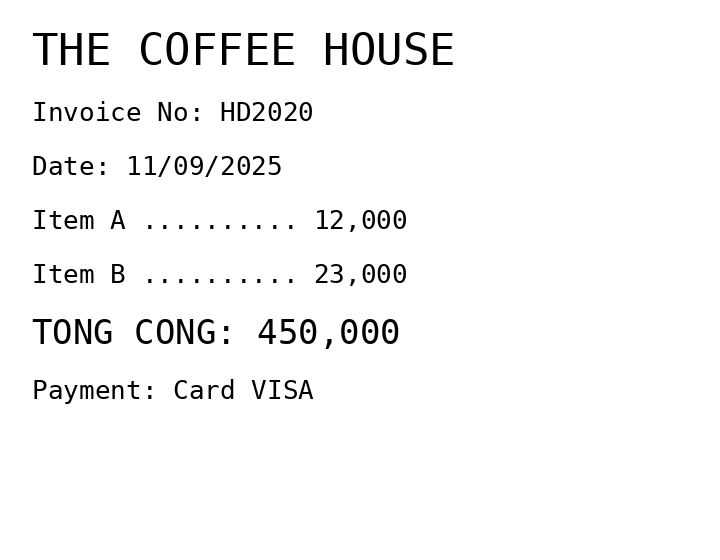
THE COFFEE HOUSE
Invoice No: HD2020
Date: 11/09/2025
Item A .......... 12,000
Item B .......... 23,000
TONG CONG: 450,000
Payment: Card VISA
Merchant: the coffee house
Date: 2025-09-11
Total: 450000
Invoice No: HD2020
Payment method: CARD